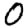
Digit: 0